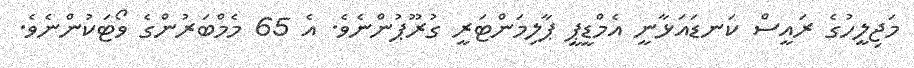
މަޖިލީހުގެ ރައީސް ކަނޑައަޅާނީ އެމްޑީޕީ ޕާލިމަންޓަރީ ގުރޫޕުންނެވެ. އެ 65 މެމްބަރުންގެ ވޯޓަކުންނެވެ.